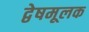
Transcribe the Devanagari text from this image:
द्वेषमूलक